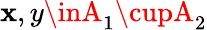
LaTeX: \mathbf{x},y\inA_{1}\cupA_{2}